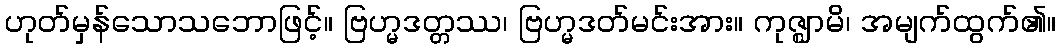
ဟုတ်မှန်သောသဘောဖြင့်။ ဗြဟ္မဒတ္တဿ၊ ဗြဟ္မဒတ်မင်းအား။ ကုဇ္ဈာမိ၊ အမျက်ထွက်၏။